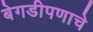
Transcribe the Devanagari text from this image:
बेगडीपणाचे